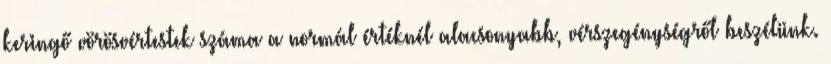
keringő vörösvértestek száma a normál értéknél alacsonyabb, vérszegénységről beszélünk.